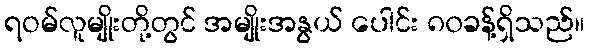
ရဝမ်လူမျိုးတို့တွင် အမျိုးအနွယ် ပေါင်း ၈၀ခန့်ရှိသည်။